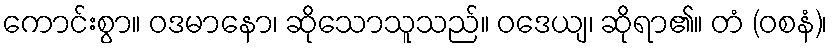
ကောင်းစွာ။ ဝဒမာနော၊ ဆိုသောသူသည်။ ဝဒေယျ၊ ဆိုရာ၏။ တံ (ဝစနံ)၊